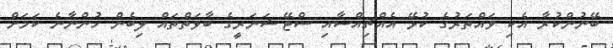
ބޭނުންކުރާ އެކި ވައްތަރުގެ ކުޅޭ އެއްޗިއްސާއި ސްޓޭޝަނަރީގެ ބާވަތްތައް ލިބެން ހުންނާނެ ކަމަށް